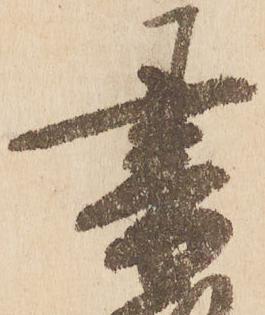
書